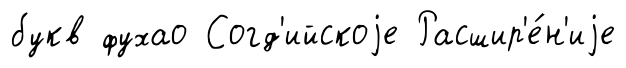
букв фухао Согд'ийскоjе Расшир'е́н'иjе